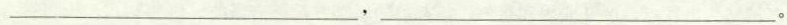
______，_____。